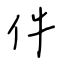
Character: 件